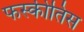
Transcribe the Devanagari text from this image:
फस्कीतिस